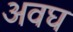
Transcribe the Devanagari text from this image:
अवघ